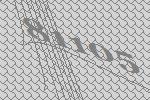
81105